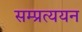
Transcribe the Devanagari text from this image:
सम्प्रत्ययन